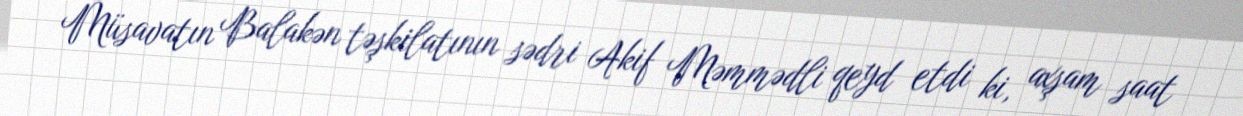
Müsavatın Balakən təşkilatının sədri Akif Məmmədli qeyd etdi ki, axşam saat